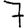
Digit: 7